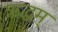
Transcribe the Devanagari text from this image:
ऋद्धम्